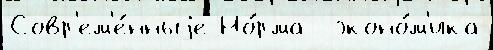
Совр'ем'е́нныjе Но́рма  эконо́м'ика